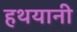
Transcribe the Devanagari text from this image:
हथयानी